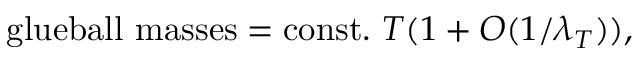
\mathrm { g l u e b a l l ~ m a s s e s = c o n s t . } ~ T ( 1 + O ( 1 / \lambda _ { T } ) ) ,